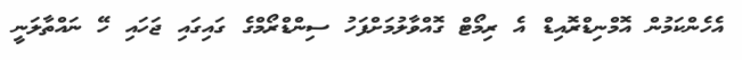
އެހެންކަމުން އޮމްނިޑްރޮއިޑް އެ ރިމޯޓް ގޮއްވާލުމަށްފަހު ސިންޑްރޯމްގެ ގައިގައި ޖަހައި ހޭ ނައްތާލަނީ